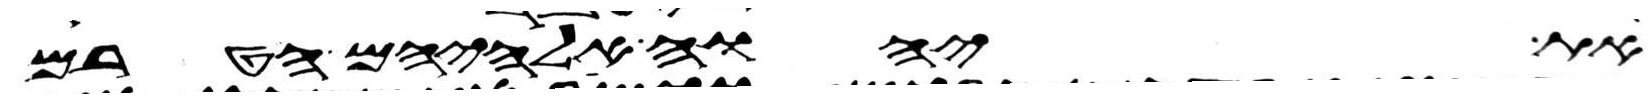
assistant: את יהוה אלהיהם הטרם